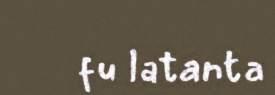
fu latanta